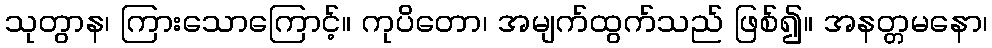
သုတွာန၊ ကြားသောကြောင့်။ ကုပိတော၊ အမျက်ထွက်သည် ဖြစ်၍။ အနတ္တမနော၊